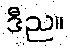
ဒီည။